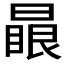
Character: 𣊕